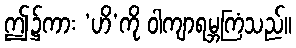
ဤ၌ကား ‘ဟိ’ကို ဝါကျာရမ္ဘကြံသည်။